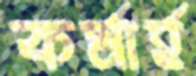
কর্মার্হ